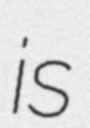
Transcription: is